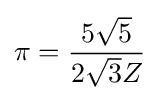
\pi ={\frac {5{\sqrt {5}}}{2{\sqrt {3}}Z}}